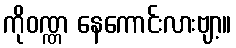
ကိုဝဏ္ဏ နေကောင်းလားဗျာ့။